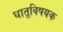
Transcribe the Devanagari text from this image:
धातूविषयक